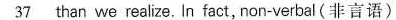
\underline{37} than we realize. In faci, non-verbal(非言沿〉